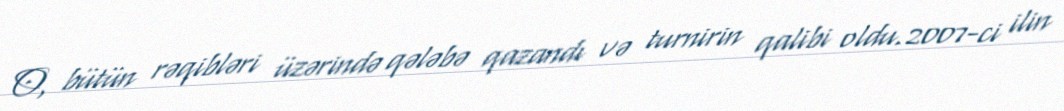
O, bütün rəqibləri üzərində qələbə qazandı və turnirin qalibi oldu.2007-ci ilin